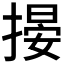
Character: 𢲋